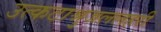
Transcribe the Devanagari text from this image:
उत्कटाश्रुजललहरी